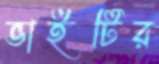
ভাইটির